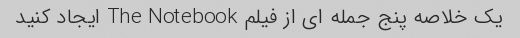
یک خلاصه پنج جمله ای از فیلم The Notebook ایجاد کنید